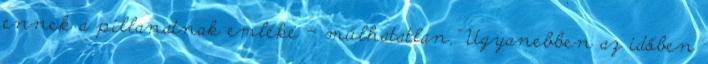
ennek a pillanatnak emléke – múlhatatlan.” Ugyanebben az időben